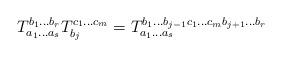
LaTeX: \begin{align*}T_{a_1 \ldots a_s}^{b_1 \ldots b_r}T_{b_j}^{c_1 \ldots c_m} = T_{a_1 \ldots a_s}^{b_1 \ldots b_{j-1} c_1 \ldots c_m b_{j+1} \ldots b_r}\end{align*}